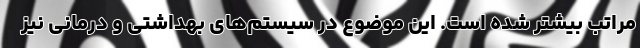
مراتب بیشتر شده است. این موضوع در سیستم‌های بهداشتی و درمانی نیز